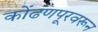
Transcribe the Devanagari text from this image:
कोंढणपूरवरून